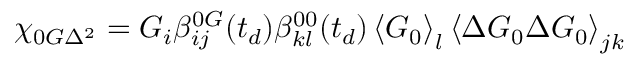
\chi _ { 0 G \Delta ^ { 2 } } = G _ { i } \beta _ { i j } ^ { 0 G } ( t _ { d } ) \beta _ { k l } ^ { 0 0 } ( t _ { d } ) \left\langle \boldsymbol { G } _ { 0 } \right\rangle _ { l } \left\langle \Delta \boldsymbol { G } _ { 0 } \Delta \boldsymbol { G } _ { 0 } \right\rangle _ { j k }